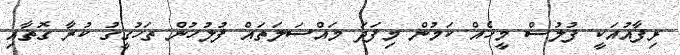
ރިފާއުއަކީ ފުލުސް މީހެއް ކަމުން މިފަދަ މައްސަލަތައް ފުލުހުން ތަހުގީގު ކުރާ ގޮތާއި